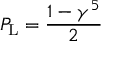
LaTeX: P _ { \mathrm { { L } } } = { \frac { 1 - \gamma ^ { 5 } } { 2 } }